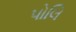
પોલિ